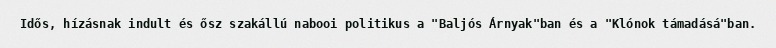
Idős, hízásnak indult és ősz szakállú nabooi politikus a "Baljós Árnyak"ban és a "Klónok támadásá"ban.